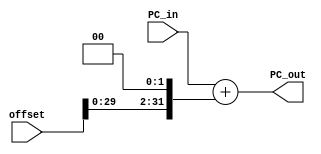
module EX_PC_Calculation(PC_in, offset, PC_out);

input [31:0] PC_in;
input [31:0] offset;

output [31:0] PC_out;


assign PC_out = PC_in + (offset << 2);

endmodule